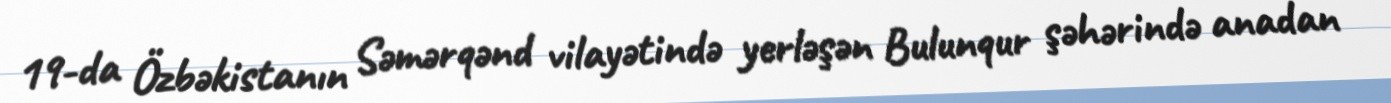
19-da Özbəkistanın Səmərqənd vilayətində yerləşən Bulunqur şəhərində anadan